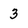
Character: 3